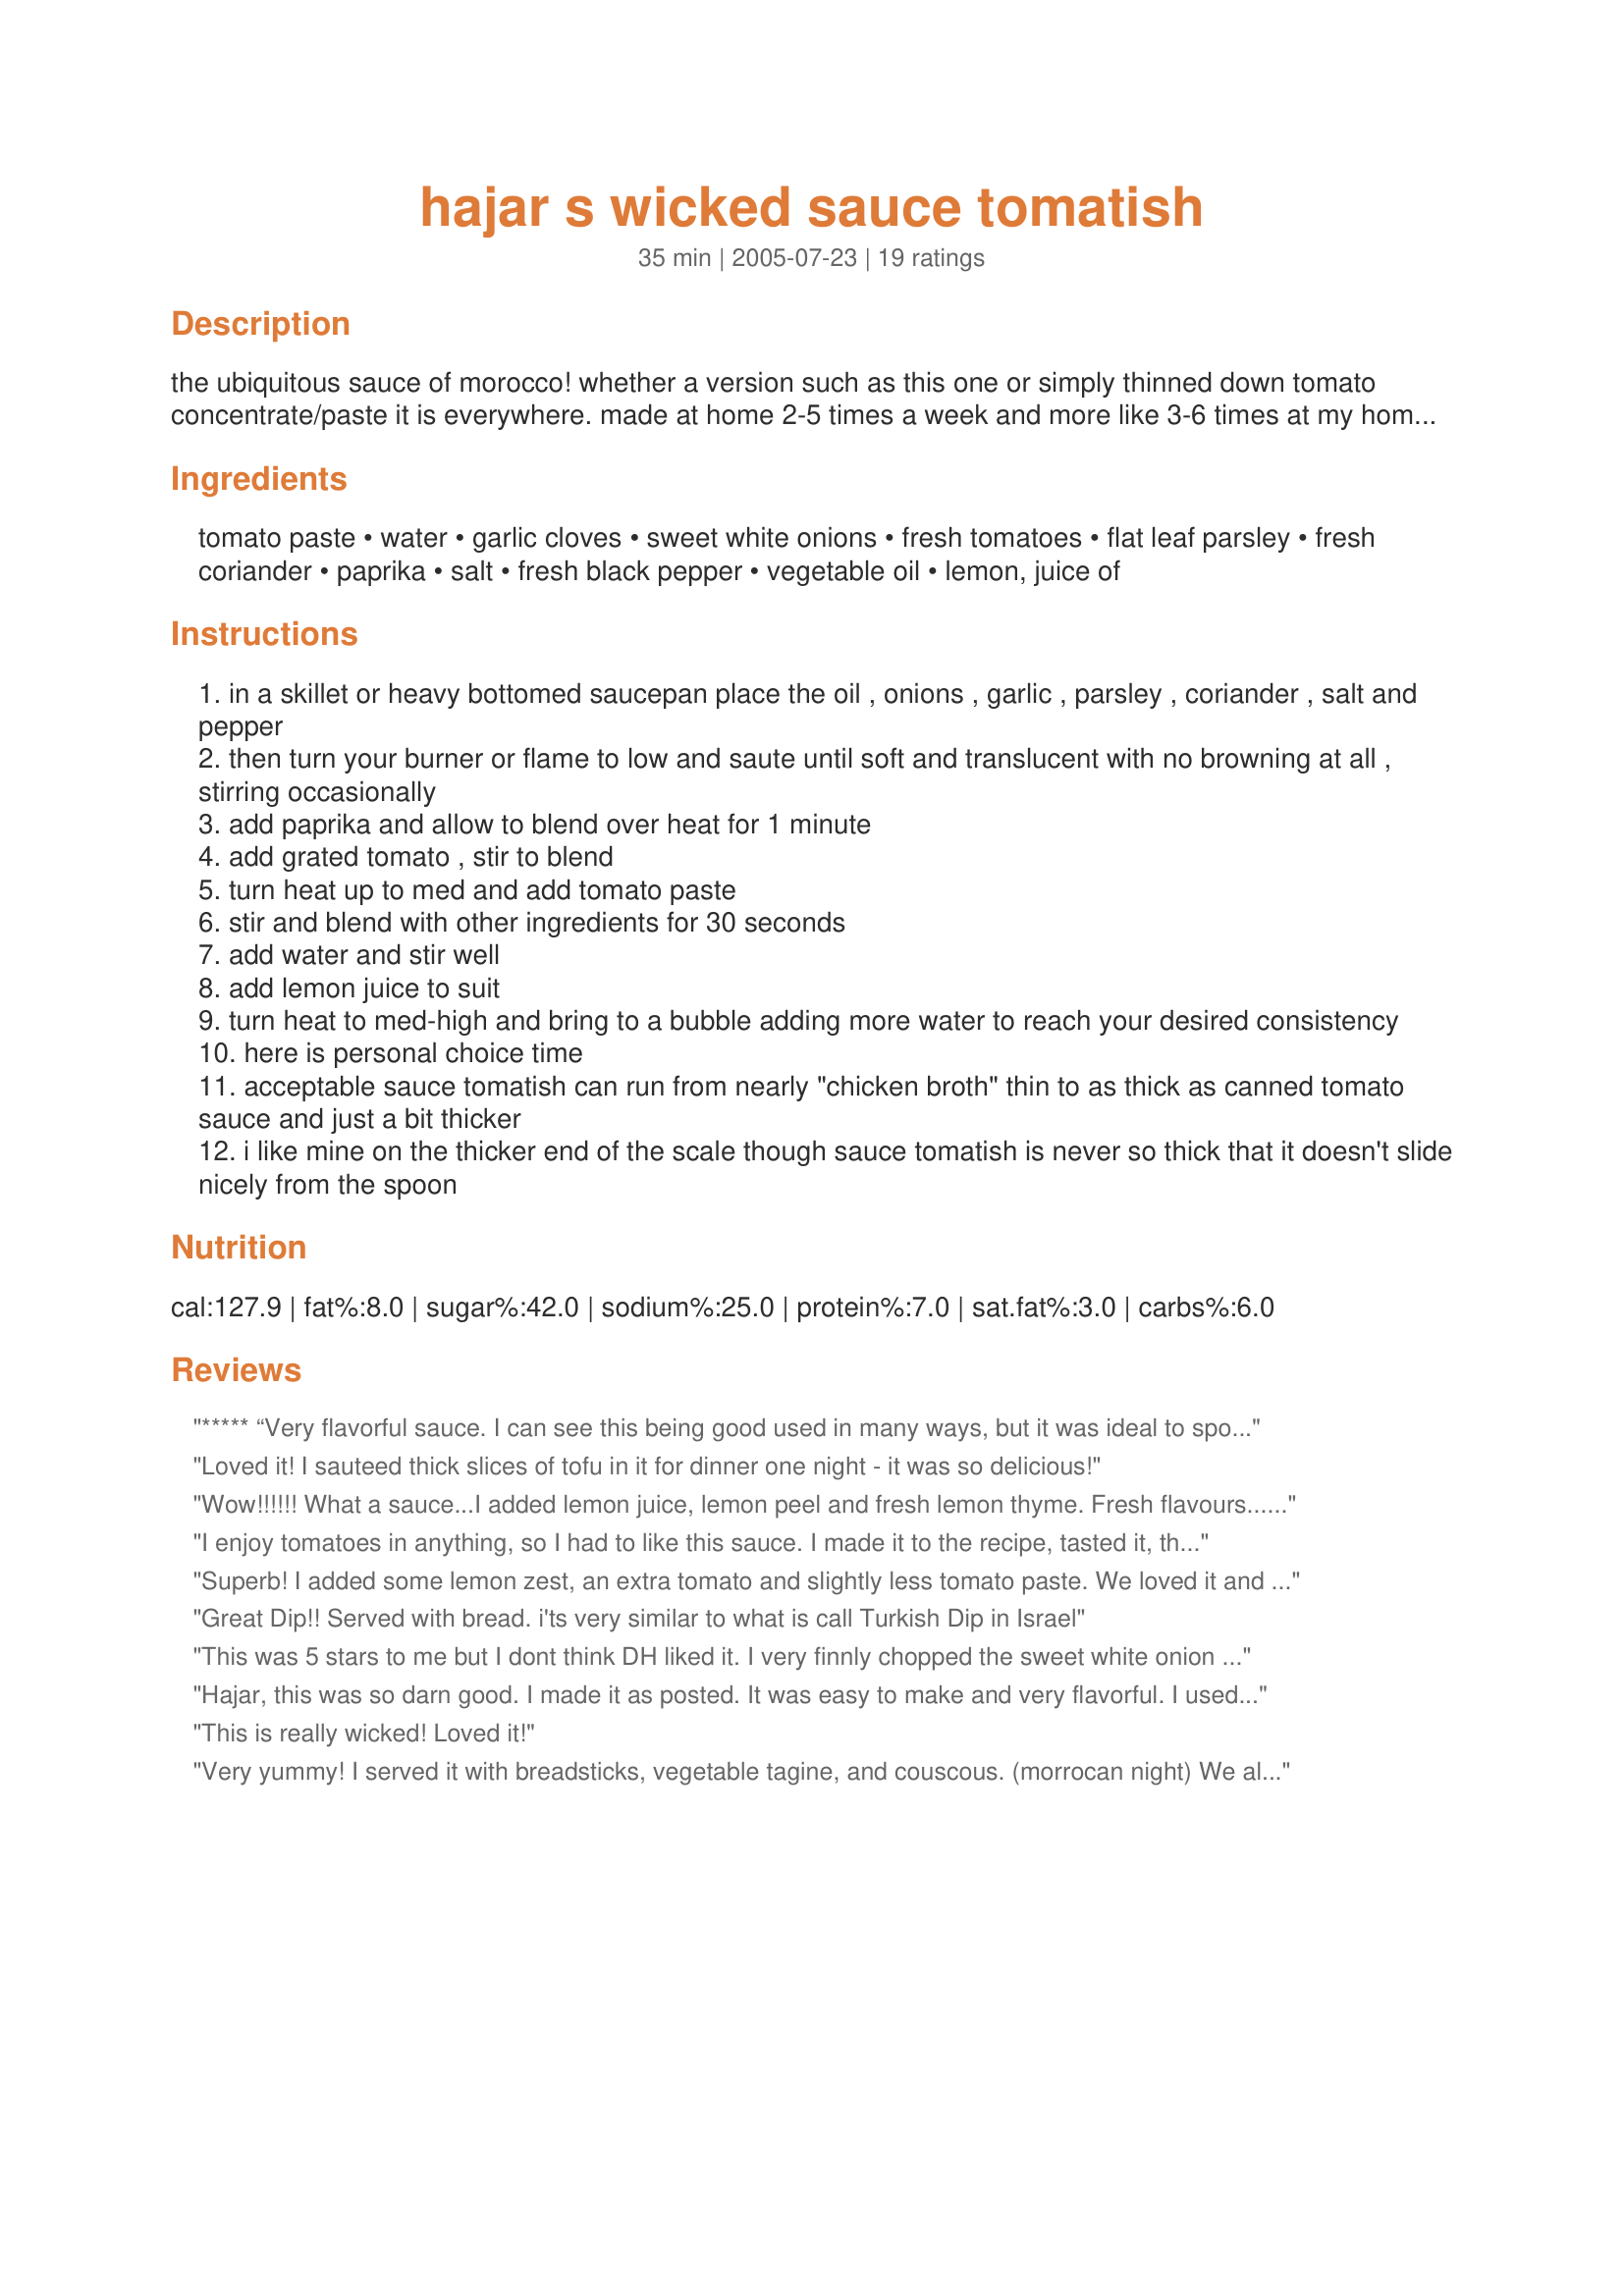
hajar s wicked sauce tomatish
Preparation time: 35 minutes

the ubiquitous sauce of morocco! whether a version such as this one or simply thinned down tomato concentrate/paste it is everywhere. made at home 2-5 times a week and more like 3-6 times at my home! we adore this sauce which is actually meant for dipping your bread into and then scooping up a piece of meat or veg. from the communal platter. it is also served with homemade french fries,poured into hot sandwiches and mixed into spaghetti/macaroni,rice. c.2005

Ingredients:
tomato paste, water, garlic cloves, sweet white onions, fresh tomatoes, flat leaf parsley, fresh coriander, paprika, salt, fresh black pepper, vegetable oil, lemon, juice of

Steps:
in a skillet or heavy bottomed saucepan place the oil , onions , garlic , parsley , coriander , salt and pepper
then turn your burner or flame to low and saute until soft and translucent with no browning at all , stirring occasionally
add paprika and allow to blend over heat for 1 minute
add grated tomato , stir to blend
turn heat up to med and add tomato paste
stir and blend with other ingredients for 30 seconds
add water and stir well
add lemon juice to suit
turn heat to med-high and bring to a bubble adding more water to reach your desired consistency
here is personal choice time
acceptable sauce tomatish can run from nearly "chicken broth" thin to as thick as canned tomato sauce and just a bit thicker
i like mine on the thicker end of the scale though sauce tomatish is never so thick that it doesn't slide nicely from the spoon

Reviews:
***** “Very flavorful sauce. I can see this being good used in many ways, but it was ideal to spoon on top of hot sausage and peppers served on a hoagie roll. I made the sauce using just the six ounces of water,this kept it nice and thick so the rolls did...”
Loved it! I sauteed thick slices of tofu in it for dinner one night - it was so delicious!
Wow!!!!!! What a sauce...I added lemon juice, lemon peel and fresh lemon thyme. Fresh flavours...with a tang...superb with lamb shanks braised for a few hours, it cuts through any lamb fat remaining ...brings a new taste sensation. Topped it with more fresh coriander. Our house has 4 generations and it suited us all...from a 2 year old to an 84 year old.Thanks for the recipe. Once again ...SENSATIONAL!
 I enjoy tomatoes in anything, so I had to like this sauce. I made it to the recipe, tasted it, then decided to add a couple of teaspoons of ground coriander, 1 of cumin, one of sugar and 1 of lemon juice. I took note and heaped the black pepper in ;-). It's tomatoey (obviously), and fresh and lively tasting-I love it! I'm now cooking lamb shanks in most of the sauce (good idea kdlpmum), but have held some back to dip our bread in and try with our green veg.
Since talking to Hajar, I relise this is a sauce used as a condiment, rather than a cooking sauce. It worked great, but really was better for dipping bread in and as a fresh sauce over our vegetables.
Superb! I added some lemon zest, an extra tomato and slightly less tomato paste. We loved it and I have made sure that there is some left to dip my bread in at lunch tomorrow! Thanks Hajar for one of the best recipes on Zaar :-)
Great Dip!! Served with bread. i'ts very similar to what is call Turkish Dip in Israel
This was 5 stars to me but I dont think DH liked it. I very finnly chopped the sweet white onion in a small blender. I did not use fresh coriander as I didnt have any so I put in some ground coriander instead. I used sweet paprika, sea salt and a lot less freshly ground black pepper. I forgot the lemon juice at the end since dinner was in a rush. I wont be able to make this again but do recommend it being tried.
Hajar, this was so darn good. I made it as posted. It was easy to make and very flavorful. I used it as a dip for chicken. Also as a bread dip. It's just great.
Thanks so much for this recipe...
This is really wicked! Loved it!
Very yummy! I served it with breadsticks, vegetable tagine, and couscous. (morrocan night) We all loved dipping and I ate way more breadsticks than I should have! Thanks for posting such an authentic recipe.
This was okay, but I found it quite bland and flavorless. The only real flavor was that of the tomato paste (a very metallic flavor, usually there's something to cover it up). I'm sorry but I will not be making this again.
Another winner you have here dear Hajar. I suggest making thia sauce a day head. The next day all the flavours come together and it tastes almost like another sauce altogether.
This recipe is great! I added two teaspoons of red pepper flakes to make it a little spicy. I also doubled the amount of parsley and added tofu. Served over brown rice.
I have been wanting to try this recipe for awhile and today was the day. I made it this morning and then heated it up for dinner to serve with breadsticks along side my main dish. It was wonderful! The kids especially liked it and ended up eating way too many breadsticks just because of the sauce. It was easy to make and definitely delicious. Thanks for posting!
Very very very good. I haven't change a thing to the recipe except that I added a sprinkle of cayenne pepper as my dh cannot comprehend a sauce that is not at list mild hot :)
Very nice sauce. Intensely flavorful. My BF made this for dinner last night and he used a very good Hungarian paprika, which was quite hot so there was no need to add extra cayenne, and dried coriander. He made it quite thick and served it over rice and green beans as we really like the green bean/tomato combination. The next day for lunch I mixed the leftover sauce with leftover rice and it was delicious! Thanks, keep those recipes coming Hajar!
I've tried dozens and dozens of recipes on Zaar - many were very good. This one knocked my socks off! Bright new taste for me. More recipes please!
Very good. I served this over couscous with falafel and a green salad to the side. I used 15 oz. Hunt's tomato sauce and no extra water, since I didn't have any tomato paste in the house. I also processed the two roma tomatoes quickly in the blender, rather than grating, and used dried parsley and coriander. Even with these changes it was definitely a five star sauce. A great change from the ubiquitous marinara sauce. Thanks!
Enjoyed this very much. I used smoked paprika instead of the regular sort, and it came out very well.
